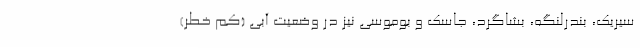
سیریک، بندرلنگه، بشاگرد، جاسک و بوموسی نیز در وضعیت آبی (کم خطر)